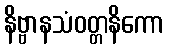
နိဗ္ဗာနသံဝတ္တနိကော